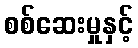
စစ်ဆေးမှုနှင့်